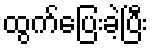
ထွက်ပြေးခဲ့ပြီး